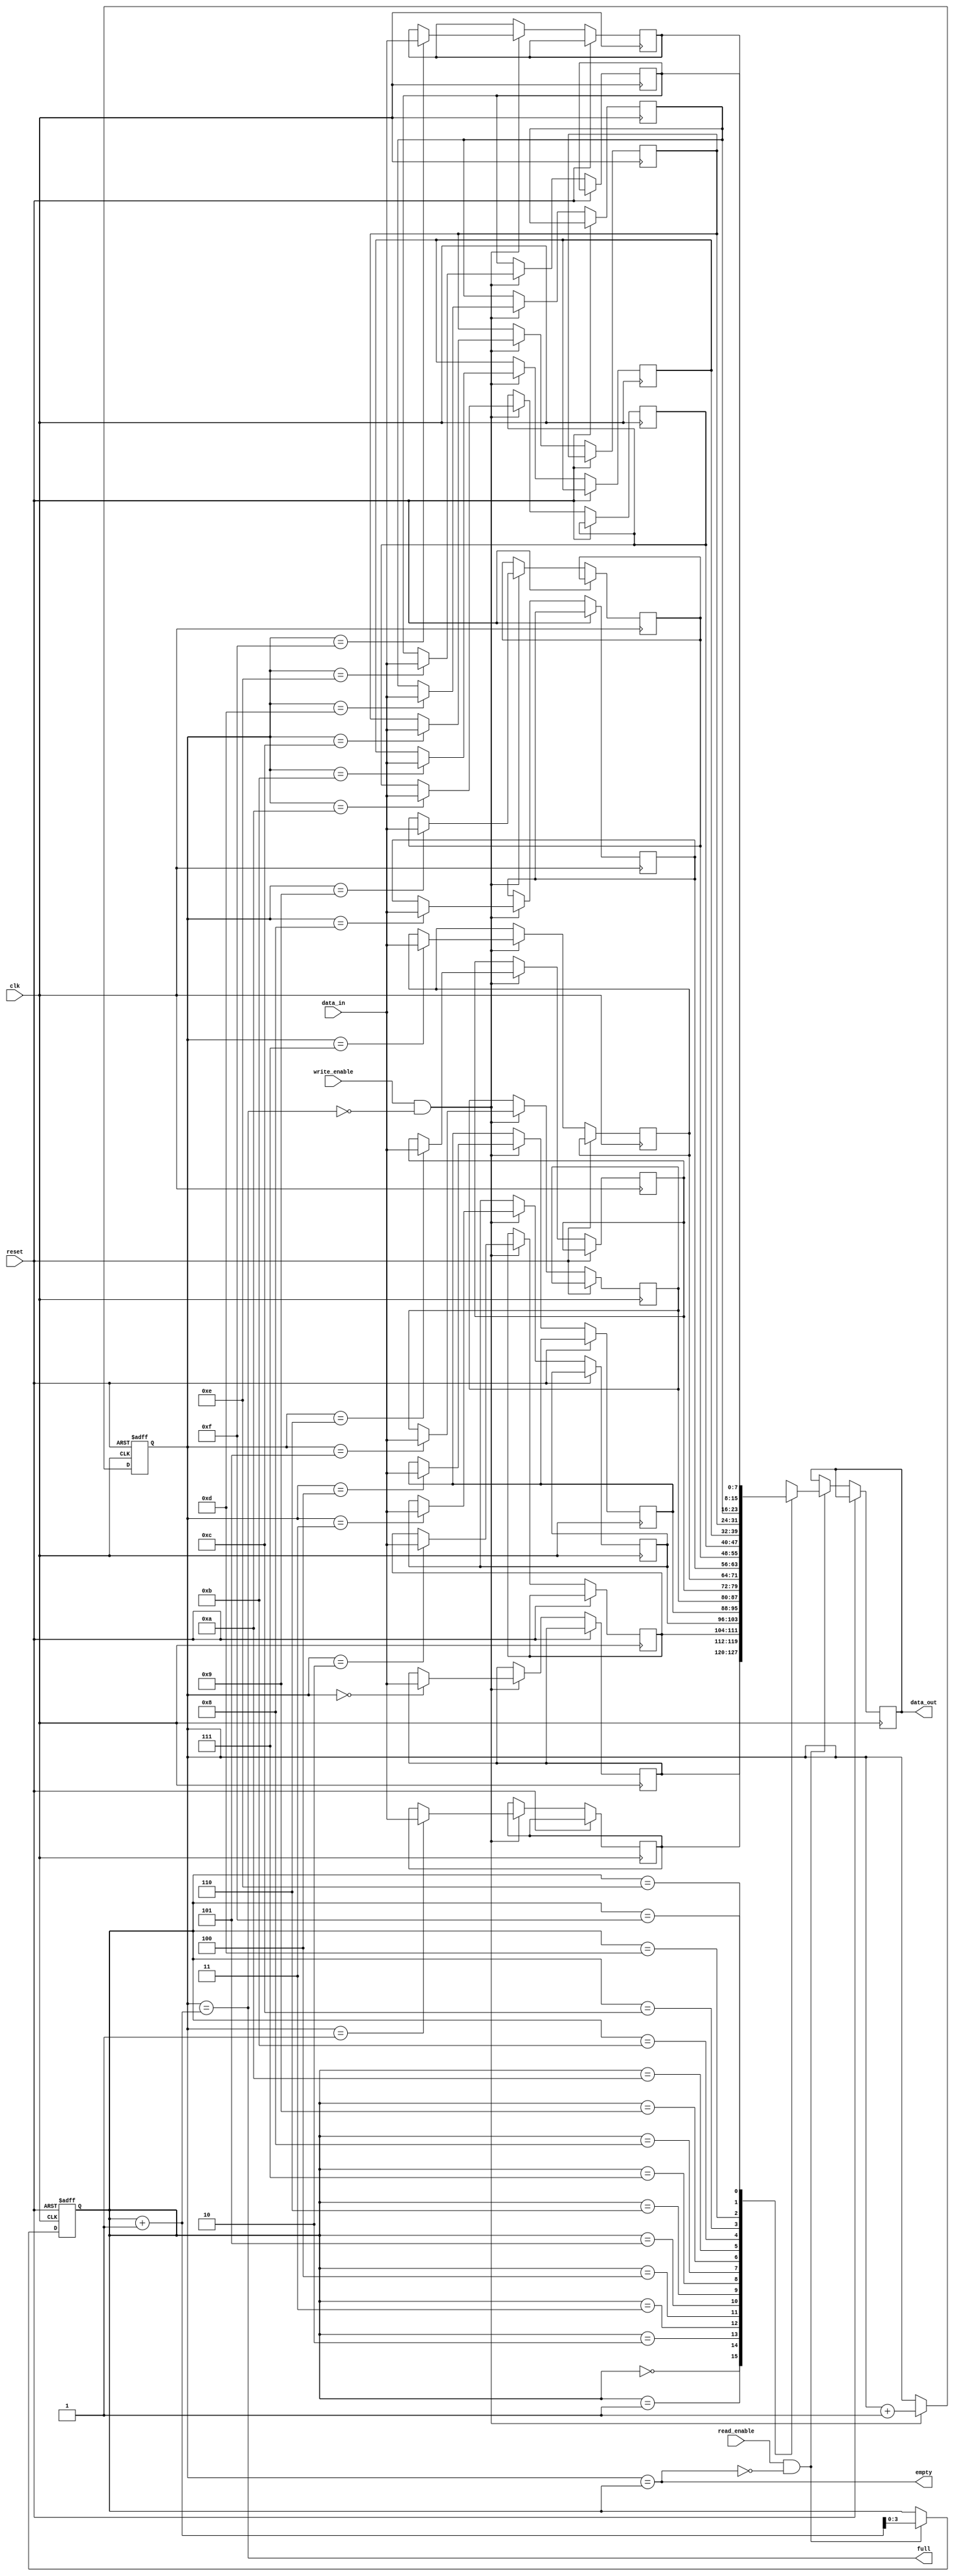
module bidirectional_fifo (
  input wire clk,
  input wire reset,
  input wire write_enable,
  input wire read_enable,
  input wire [7:0] data_in,
  output reg [7:0] data_out,
  output wire full,
  output wire empty
);

reg [7:0] memory [0:15];
reg [3:0] read_pointer;
reg [3:0] write_pointer;

assign full = write_pointer == read_pointer + 1;
assign empty = write_pointer == read_pointer;

always @(posedge clk or posedge reset) begin
  if (reset) begin
    read_pointer <= 4'b0000;
    write_pointer <= 4'b0000;
  end else begin
    if (write_enable && !full) begin
      memory[write_pointer] <= data_in;
      write_pointer <= write_pointer + 1;
    end
    if (read_enable && !empty) begin
      data_out <= memory[read_pointer];
      read_pointer <= read_pointer + 1;
    end
  end
end

endmodule